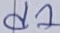
Text: d1